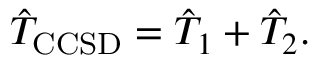
\hat { T } _ { \mathrm { C C S D } } = \hat { T } _ { 1 } + \hat { T } _ { 2 } .